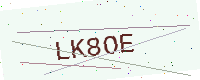
Text: LK8OE